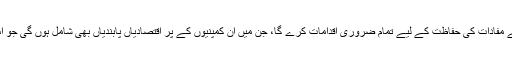
انھوں نے کہا کہ چین اپنے مفادات کی حفاظت کے لیے تمام ضروری اقدامات کرے گا، جن میں ان کمپنیوں کے پر اقتصادیاں پابندیاں بھی شامل ہوں گی جو اس معاہدے میں شامل ہیں۔